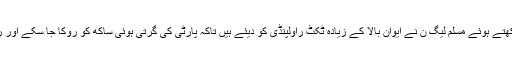
امید واثق یہ ہے کہ یہی ہے کہ درجہ بالا حقائق کو سامنے رکھتے ہوئے مسلم لیگ ن نے ایوان بالا کے زیادہ ٹکٹ راولپنڈی کو دیئے ہیں تاکہ پارٹی کی گرتی ہوئی ساکھ کو روکا جا سکے اور راولپنڈی کو دوبارہ مسلم لیگ ن کے لئے اور محفوظ کیا جائے۔